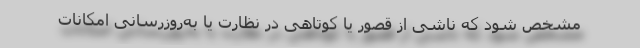
مشخص شود که ناشی از قصور یا کوتاهی در نظارت یا به‌روزرسانی امکانات